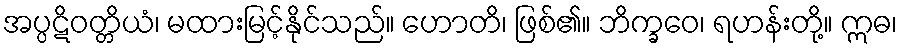
အပ္ပဋိဝတ္တိယံ၊ မထားမြင့်နိုင်သည်။ ဟောတိ၊ ဖြစ်၏။ ဘိက္ခဝေ၊ ရဟန်းတို့။ ဣဓ၊